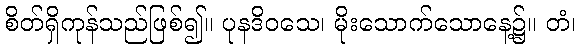
စိတ်ရှိကုန်သည်ဖြစ်၍။ ပုနဒိဝသေ၊ မိုးသောက်သောနေ့၌။ တံ၊